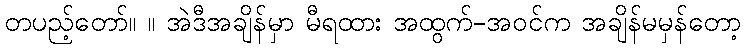
တပည့်တော်။ ။ အဲဒီအချိန်မှာ မီရထား အထွက်-အဝင်က အချိန်မမှန်တော့